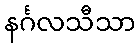
နင်္ဂလသီသာ